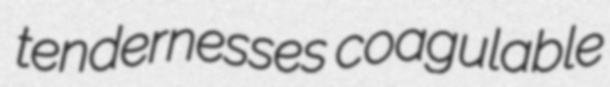
tendernesses coagulable